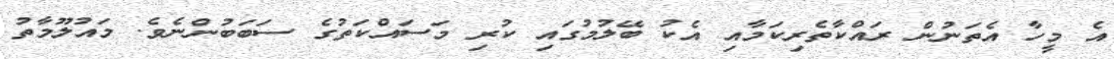
އެ މީހާ އެތަނުން ރައްކާތެރިކަމާއި އެކު ބޭލުމުގައި ކުރި މަސައްކަތުގެ ސަބަބުންނެވެ. މައުލޫމާތު